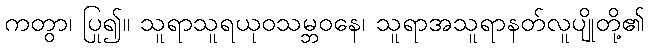
ကတွာ၊ ပြု၍။ သူရာသူရယုဝသမ္ဘဝနေ၊ သူရာအသူရာနတ်လူပျိုတို့၏